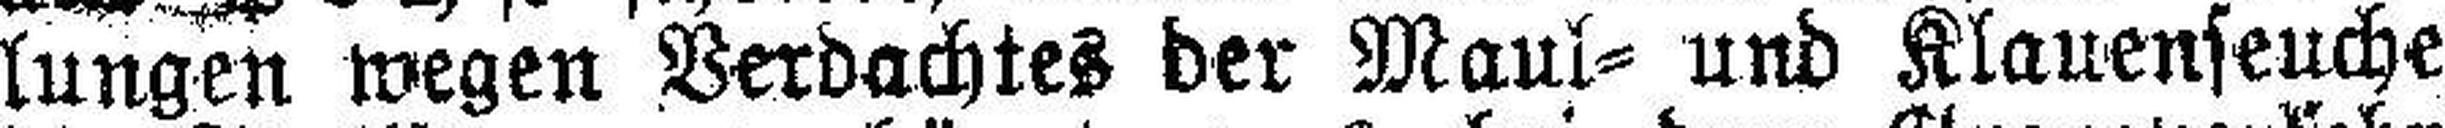
lungen wegen Verdachtes der Maul= und Klauenseuche